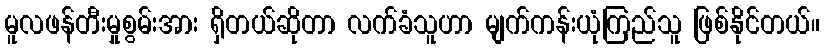
မူလဖန်တီးမှုစွမ်းအား ရှိတယ်ဆိုတာ လက်ခံသူဟာ မျက်ကန်းယုံကြည်သူ ဖြစ်နိုင်တယ်။